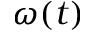
\omega ( t )